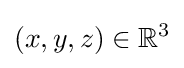
(x,y,z)\in \mathbb {R} ^{3}